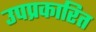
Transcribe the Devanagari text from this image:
उपप्रकारित